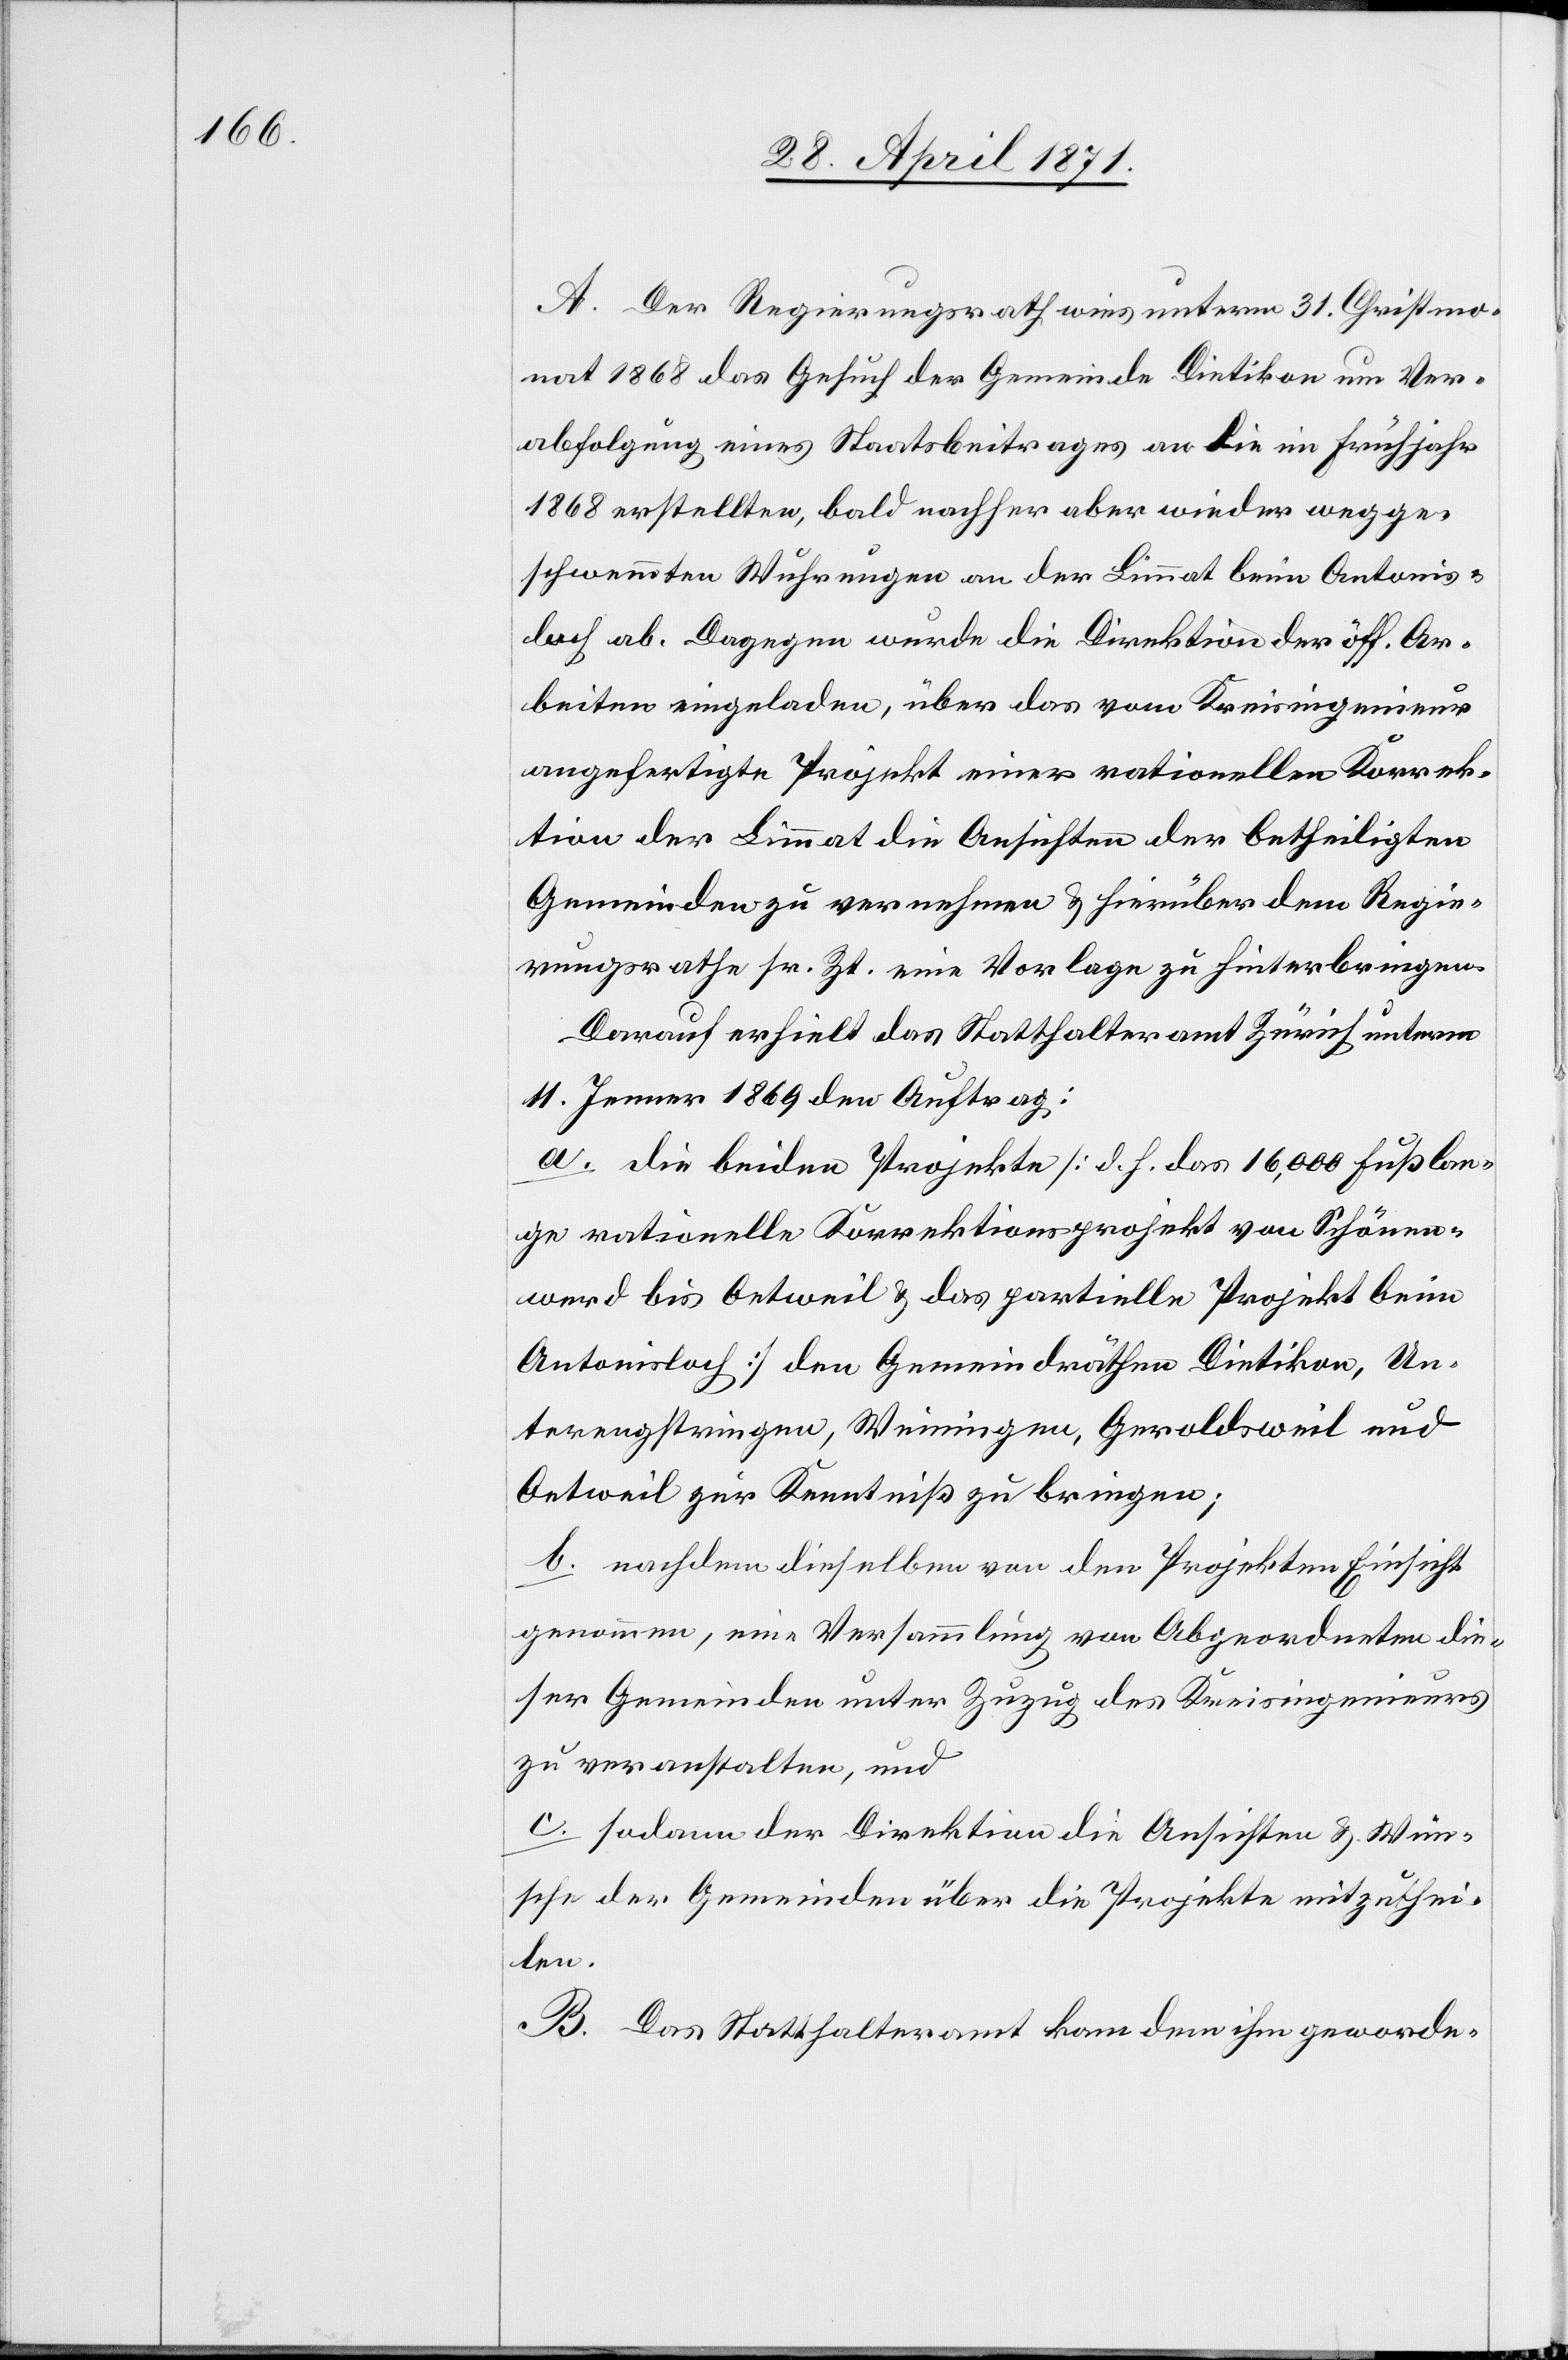
A. Der Regierungsrath wies unterm 31. Christmo¬
nat 1868 das Gesuch der Gemeinde Dietikon um Ver¬
abfolgung eines Staatsbeitrags an die im Frühjahr
1868 erstellten, bald nachher aber wieder wegge¬
schwemmten Wuhrungen an der Limmat beim Antonis¬
loch ab. Dagegen wurde die Direktion der öff. Ar¬
beiten eingeladen, über das vom Kreisingenieur
angefertigte Projekt einer rationellen Korrek¬
tion der Limmat die Ansichten der betheiligten
Gemeinden zu vernehmen u. hierüber dem Regie¬
rungsrathe sr. Zt. eine Vorlage zu hinterbringen.
Darauf erhielt das Statthalteramt Zürich unterm
11. Jenner 1869 den Auftrag:
a. die beiden Projekte [d. h. das 16,000 Fuß lan¬
ge rationelle Korrektionsprojekt von Schönen¬
werd bis Oetweil u. das partielle Projekt beim
Antonisloch] den Gemeindräthen Dietikon, Un¬
terengstringen, Weiningen, Geroldsweil und
Oetweil zur Kenntniß zu bringen;
b. nachdem dieselben von den Projekten Einsicht
genommen, eine Versammlung von Abgeordneten die¬
ser Gemeinden unter Zuzug des Kreisingenieurs
zu veranstalten, und
c. sodann der Direktion die Ansichten u. Wün¬
sche der Gemeinden über die Projekte mitzuthei¬
len.
B. Das Statthalteramt kam dem ihm geworde-